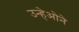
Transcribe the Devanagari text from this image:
उन्हेओने